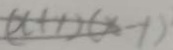
( x + 1 ) ( x - 1 )